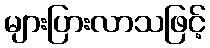
များပြားလာသဖြင့်